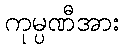
ကုမ္ပဏီအား